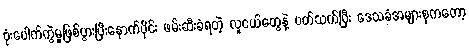
ဗုံးပေါက်ကွဲမှုဖြစ်ပွားပြီးနောက်ပိုင်း ဖမ်းဆီးခံရတဲ့ လူငယ်တွေနဲ့ ပတ်သက်ပြီး ဒေသခံအများစုကတော့